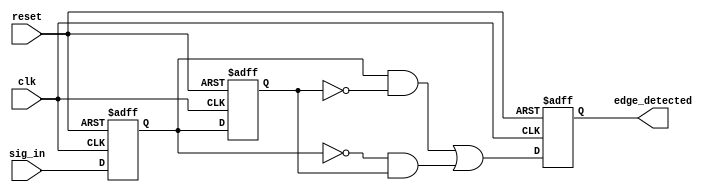
module glitch_free_edge_detector (
    input wire clk,            // Clock input
    input wire reset,          // Asynchronous reset
    input wire sig_in,         // Input signal to detect edges
    output reg edge_detected   // Output signal indicating edge detection
);

    // Memory Blocks: Registers to store the current and previous states
    reg sig_current;           // Current state of the input signal
    reg sig_previous;          // Previous state of the input signal

    always @(posedge clk or posedge reset) begin
        if (reset) begin
            // Reset both registers and output signal
            sig_current <= 1'b0;
            sig_previous <= 1'b0;
            edge_detected <= 1'b0;
        end else begin
            // Update previous state to current state
            sig_previous <= sig_current;
            // Capture the current state of the input signal
            sig_current <= sig_in;
            // Detect edges: rising or falling
            edge_detected <= (sig_current && !sig_previous) || (!sig_current && sig_previous);
        end
    end

endmodule